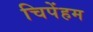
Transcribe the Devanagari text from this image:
चिपेंहम